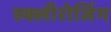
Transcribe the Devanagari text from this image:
स्क्लीरोजिंग